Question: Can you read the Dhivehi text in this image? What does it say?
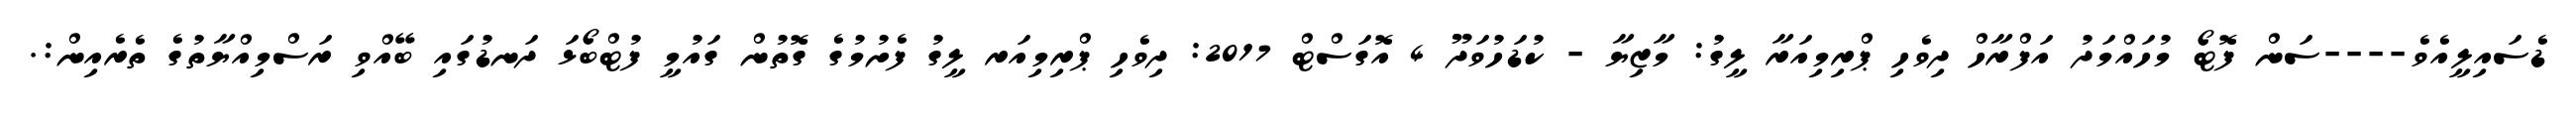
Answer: ޑެސައިލީއެވެ----ސަން ފޮޓޯ މުހައްމަދު އަފްރާހް ދިވެހި ޕްރިމިއަރާ ލީގު: މާޒިޔާ - ކުޑަހުވަދޫ 4 އޮގަސްޓް 2017: ދިވެހި ޕްރިމިއަރ ލީގު ފެށުމުގެ ގޮތުން ގައުމީ ފުޓްބޯޅަ ދަނޑުގައި ބޭއްވި ރަސްމިއްޔާތުގެ ތެރެއިން:.